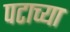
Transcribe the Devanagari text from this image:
पटाच्या